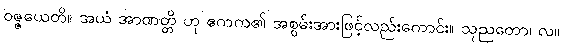
ဝဇ္ဇယေတိ။ အယံ အာဏတ္တိ ဟု ဧကက၏ အစွမ်းအားဖြင့်လည်းကောင်း။ သုညတော၊ လ။